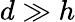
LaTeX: d\gg h